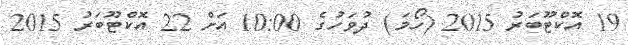
19 އޮކްޓޫބަރު 2015 (ހޯމަ) ދުވަހުގެ 10:00 އަށް 22 އޮކްޓޫބަރު 2015